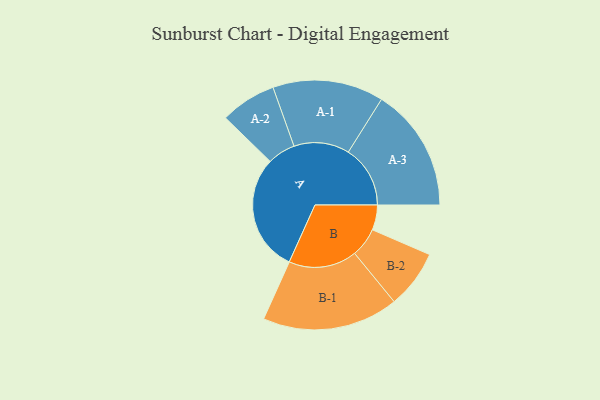
{"axis": {"x": "Segment", "y": "Value"}, "legend": ["", "A", "B"], "data": [{"x": "A", "y": 475, "type": ""}, {"x": "B", "y": 101, "type": ""}, {"x": "A-1", "y": 224, "type": "A"}, {"x": "A-2", "y": 113, "type": "A"}, {"x": "A-3", "y": 250, "type": "A"}, {"x": "B-1", "y": 275, "type": "B"}, {"x": "B-2", "y": 118, "type": "B"}]}